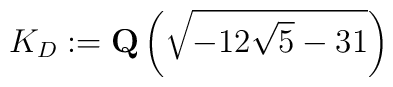
K_D:=\mbox{\bf Q}\left(\sqrt{-12\sqrt{5}-31}\right)